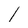
Character: l